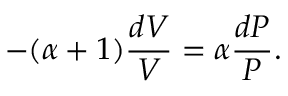
- ( \alpha + 1 ) { \frac { d V } { V } } = \alpha { \frac { d P } { P } } .